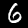
Digit: 6